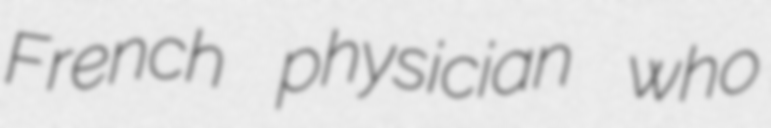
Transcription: French physician who